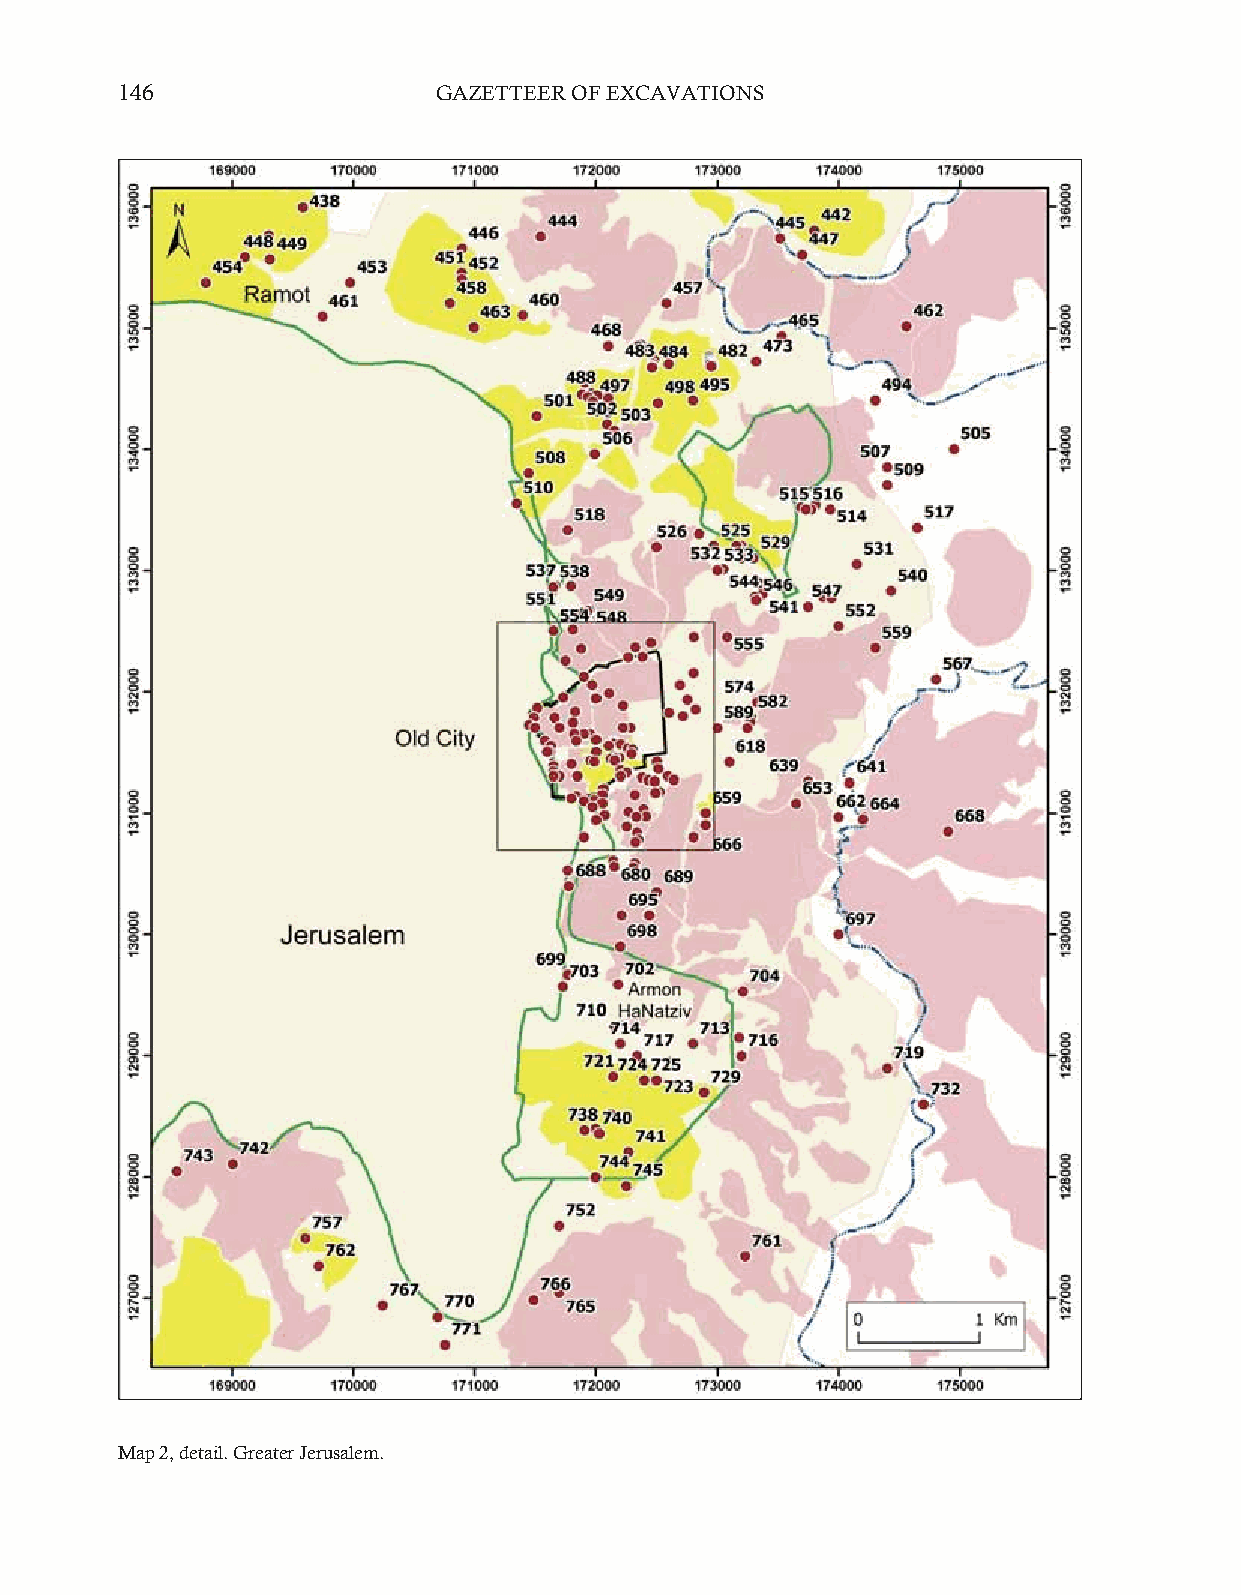
146                  GAZETTEER OF EXCAVATIONS
 Map 2, detail. Greater Jerusalem.